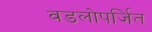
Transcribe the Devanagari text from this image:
वडलोपर्जित